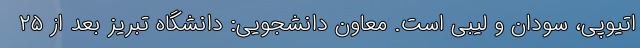
اتیوپی، سودان و لیبی است. معاون دانشجویی: دانشگاه تبریز بعد از ۲۵